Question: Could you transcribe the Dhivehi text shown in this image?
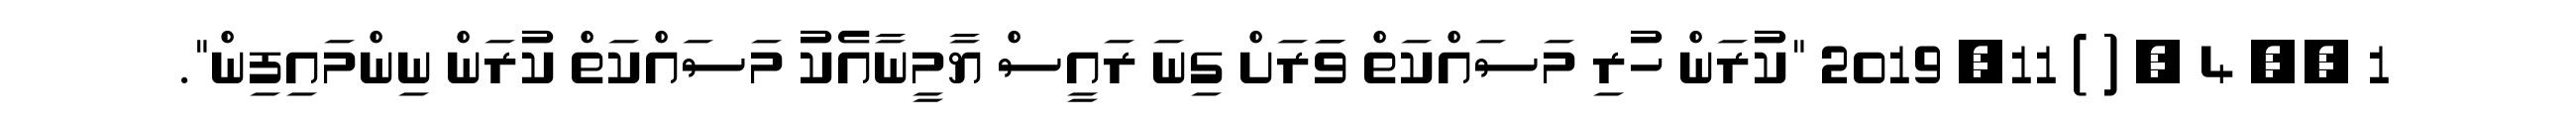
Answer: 1 ?? 4 ? ( ) 11, 2019 "ކުރަން ހުރި މަސައްކަތް ވަަރަށް ގިނަ ރައީސް ޔާމީނާއެކު މަސައްކަތް ކުރަން ނިންމައިފިން".